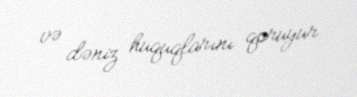
və dəniz hüquqlarını qoruyur.